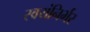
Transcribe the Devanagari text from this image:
स्‍वयंनिर्भर